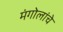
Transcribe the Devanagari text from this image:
मंगोलांचे